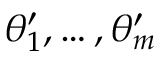
\theta _ { 1 } ^ { \prime } , \ldots , \theta _ { m } ^ { \prime }